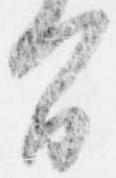
間